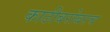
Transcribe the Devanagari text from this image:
काठीबरोबरच